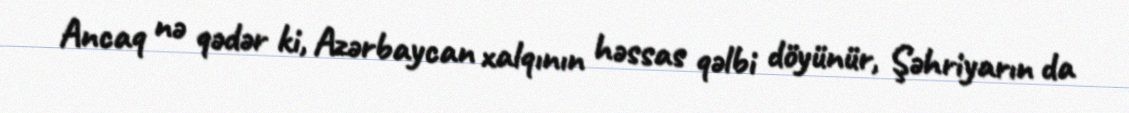
Ancaq nə qədər ki, Azərbaycan xalqının həssas qəlbi döyünür, Şəhriyarın da